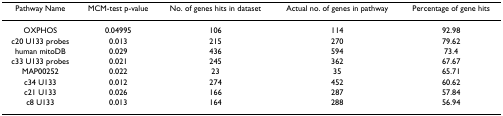
| Pathway Name | MCM-test p-value | No. of genes hits in dataset | Actual no. of genes in pathway | Percentage of gene hits |
 | --- | --- | --- | --- | --- |
 | OXPHOS | 0.04995 | 106 | 114 | 92.98 |
 | c20 U133 probes | 0.013 | 215 | 270 | 79.62 |
 | human mitoDB | 0.029 | 436 | 594 | 73.4 |
 | c33 U133 probes | 0.021 | 245 | 362 | 67.67 |
 | MAP00252 | 0.022 | 23 | 35 | 65.71 |
 | c34 U133 | 0.012 | 274 | 452 | 60.62 |
 | c21 U133 | 0.026 | 166 | 287 | 57.84 |
 | c8 U133 | 0.013 | 164 | 288 | 56.94 |